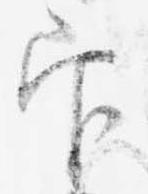
官